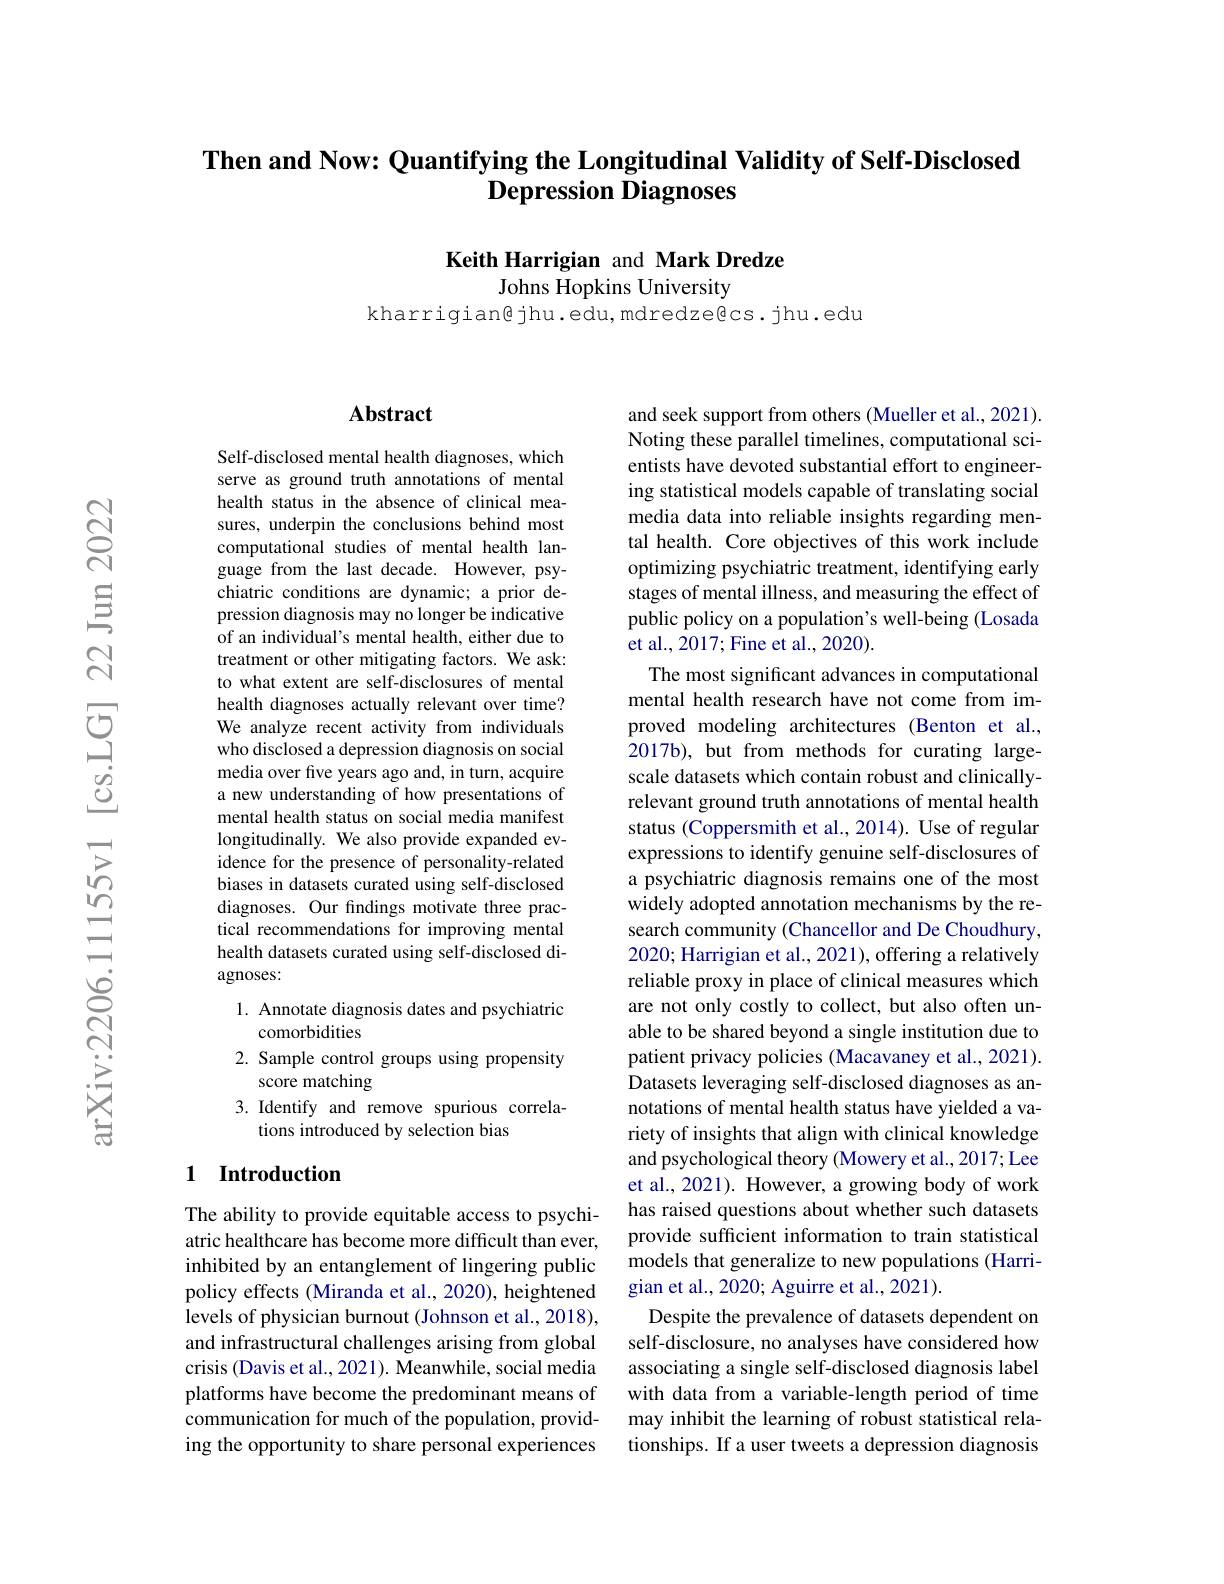
# Then and Now: Quantifying the Longitudinal Validity of Self-Disclosed Depression Diagnoses

Keith Harrigian and Mark Dredze

Johns Hopkins University

kharrigian@jhu.edu,mdredze@cs.jhu.edu

### $\mathbf{Abstract}$

Self-disclosed mental health diagnoses, which serve as ground truth annotations of mental health status in the absence of clinical measures, underpin the conclusions behind most computational studies of mental health language from the last decade. However, psychiatric conditions are dynamic; a prior depression diagnosis may no longer be indicative of an individual's mental health, either due to treatment or other mitigating factors. We ask: to what extent are self-disclosures of mental health diagnoses actually relevant over time? We analyze recent activity from individuals who disclosed a depression diagnosis on social media over five years ago and, in turn, acquire a new understanding of how presentations of mental health status on social media manifest longitudinally. We also provide expanded evidence for the presence of personality-related biases in datasets curated using self-disclosed diagnoses. Our findings motivate three practical recommendations for improving mental health datasets curated using self-disclosed diagnoses:
1. Annotate diagnosis dates and psychiatric
comorbidities
2. Sample control groups using propensity
score matching
3. Identify and remove spurious correla-
tions introduced by selection bias

## 1 Introduction

The ability to provide equitable access to psychiatric healthcare has become more difficult than ever, inhibited by an entanglement of lingering public policy effects (Miranda et al., 2020), heightened levels of physician burnout (Johnson et al., 2018), and infrastructural challenges arising from global crisis (Davis et al., 2021). Meanwhile, social media platforms have become the predominant means of communication for much of the population, providing the opportunity to share personal experiences

and seek support from others (Mueller et al., 2021). Noting these parallel timelines, computational scientists have devoted substantial effort to engineering statistical models capable of translating social media data into reliable insights regarding mental health. Core objectives of this work include optimizing psychiatric treatment, identifying early stages of mental illness, and measuring the effect of public policy on a population's well-being (Losada et al., 2017; Fine et al., 2020)
The most significant advances in computational mental health research have not come from improved modeling architectures (Benton et al., 2017b), but from methods for curating largescale datasets which contain robust and clinicallyrelevant ground truth annotations of mental health status (Coppersmith et al., 2014). Use of regular expressions to identify genuine self-disclosures of a psychiatric diagnosis remains one of the most widely adopted annotation mechanisms by the research community (Chancellor and De Choudhury, 2020; Harrigian et al., 2021), offering a relatively reliable proxy in place of clinical measures which are not only costly to collect, but also often unable to be shared beyond a single institution due to patient privacy policies (Macavaney et al., 2021). Datasets leveraging self-disclosed diagnoses as annotations of mental health status have yielded a variety of insights that align with clinical knowledge and psychological theory (Mowery et al., 2017; Lee et al., 2021). However, a growing body of work has raised questions about whether such datasets provide sufficient information to train statistical models that generalize to new populations (Harrigian et al., 2020; Aguirre et al., 2021).
Despite the prevalence of datasets dependent on self-disclosure, no analyses have considered how associating a single self-disclosed diagnosis label with data from a variable-length period of time may inhibit the learning of robust statistical relationships. If a user tweets a depression diagnosis